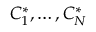
C _ { 1 } ^ { * } , \dots , C _ { N } ^ { * }